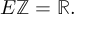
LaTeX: E \mathbb { Z } = \mathbb { R } .